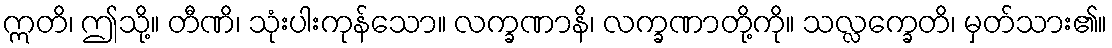
ဣတိ၊ ဤသို့။ တီဏိ၊ သုံးပါးကုန်သော။ လက္ခဏာနိ၊ လက္ခဏာတို့ကို။ သလ္လက္ခေတိ၊ မှတ်သား၏။